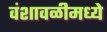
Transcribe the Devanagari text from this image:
वंशावळीमध्ये